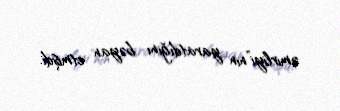
əmirliyi”nin yaratdığını bəyan etmişdi.